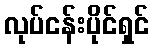
လုပ်ငန်းပိုင်ရှင်